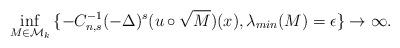
LaTeX: \begin{align*}\inf_{M \in \mathcal{M}_k}{\{-C_{n,s}^{-1}(-\Delta)^{s}(u\circ \sqrt{M})(x), \lambda_{min}(M)=\epsilon\}} \to \infty.\end{align*}